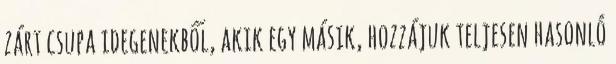
zárt csupa idegenekből, akik egy másik, hozzájuk teljesen hasonló